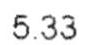
5.33